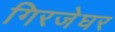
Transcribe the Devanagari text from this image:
गिरजेघर